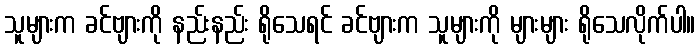
သူများက ခင်ဗျားကို နည်းနည်း ရိုသေရင် ခင်ဗျားက သူများကို များများ ရိုသေလိုက်ပါ။